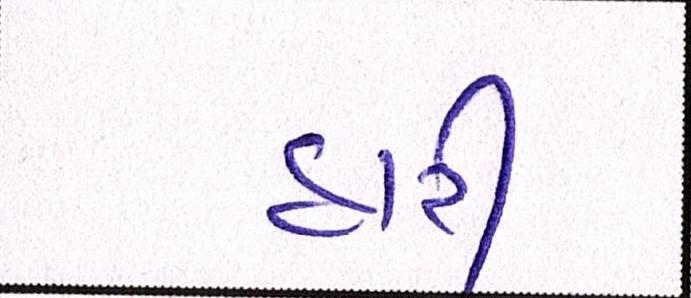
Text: હારી